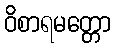
ဝိစာရမတ္တော